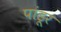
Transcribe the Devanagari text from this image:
पांडूर